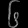
Digit: ၆